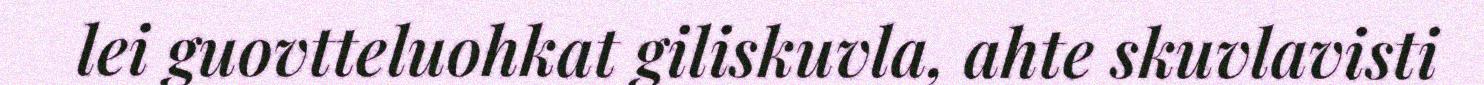
lei guovtteluohkat giliskuvla, ahte skuvlavisti